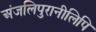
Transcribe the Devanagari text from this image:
अंजलिपुरानीलिपि